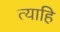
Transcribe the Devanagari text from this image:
त्याहि